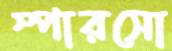
স্পারসো